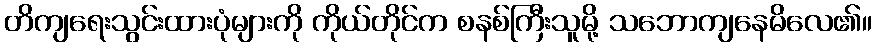
တိကျရေးသွင်းထားပုံများကို ကိုယ်တိုင်က စနစ်ကြီးသူမို့ သဘောကျနေမိလေ၏။